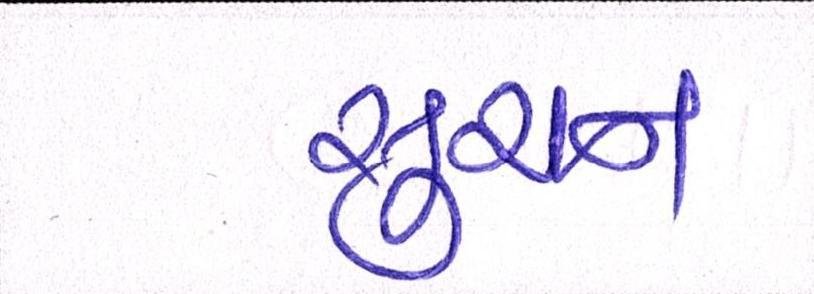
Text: સુચન